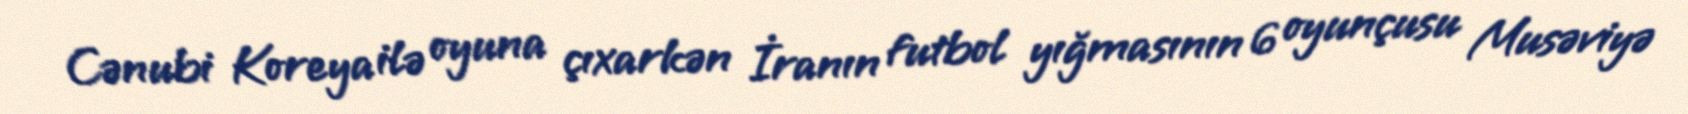
Cənubi Koreya ilə oyuna çıxarkən İranın futbol yığmasının 6 oyunçusu Musəviyə